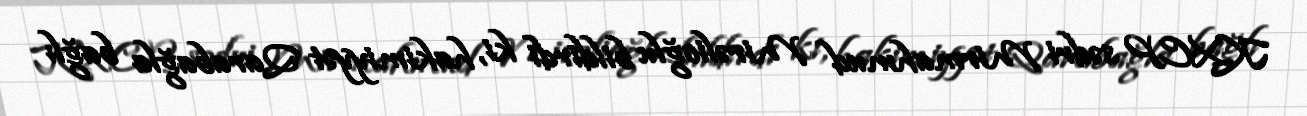
KXCP sədri Mirmahmud Mirəlioğlu bildirdi ki, hakimiyyət Qarabağla bağlı